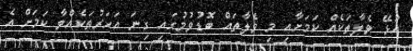
އުޅޭ ވެލާތަކެއް ކަމަށާއި މި ވެލާތައް ބޮޑުވުމުގައި ގިނަ އަހަރުތަކެއްވާ ކަމަށް އެ